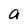
Character: a